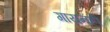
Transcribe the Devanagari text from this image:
गायनही